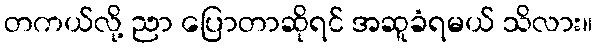
တကယ်လို့ ညာ ပြောတာဆိုရင် အဆူခံရမယ် သိလား။